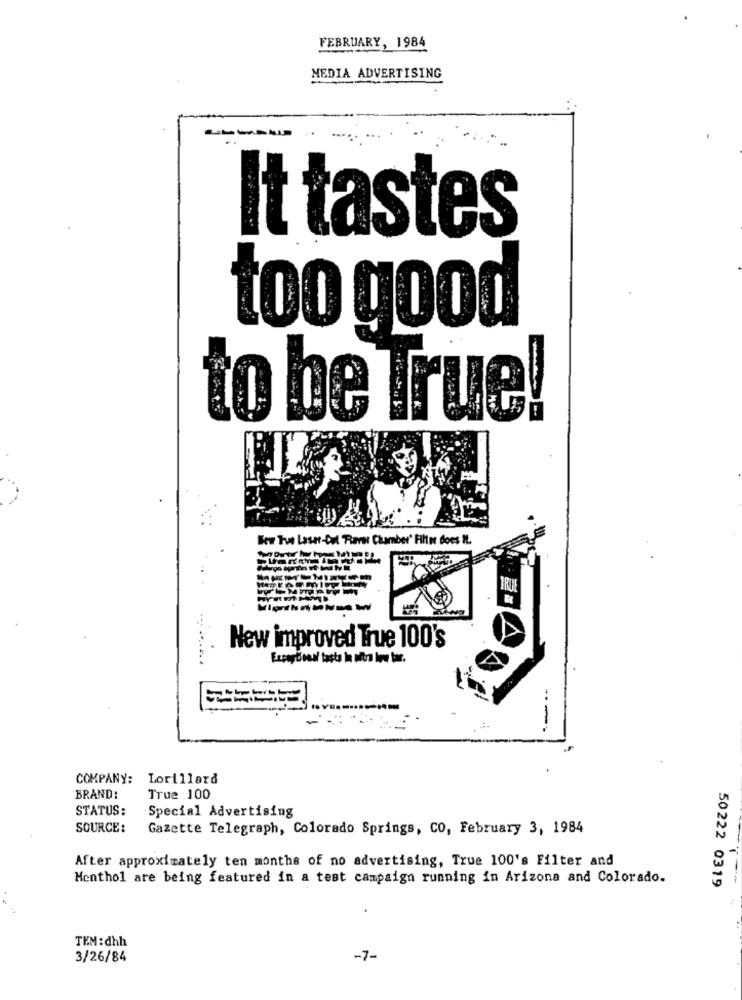
FEBRUARY, 1984
MEDIA ADVERTISING
---
It tastes
too good
to be True!
New Tue Laser-Cut Rares Chamber' Filter does It.
IRUE
New improved True 100's
---
COMPANY: Lorillard
BRAND:
True 100
STATUS:
Special Advertising
SOURCE:
Gazette Telegraph, Colorado Springs, CO, February 3, 1984
After approximately ten months of no advertising, True 100's Filter and
Menthol are being featured in a test campaign running in Arizona and Colorado.
50222 0319
TEM :dhh
3/26/84
-7-